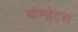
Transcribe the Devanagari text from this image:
बोम्ब्लेट्स